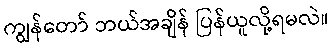
ကျွန်တော် ဘယ်အချိန် ပြန်ယူလို့ရမလဲ။